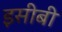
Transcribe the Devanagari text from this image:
इसीबी